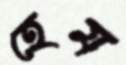
হেম